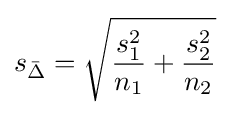
s_{\bar {\Delta }}={\sqrt {{\frac {s_{1}^{2}}{n_{1}}}+{\frac {s_{2}^{2}}{n_{2}}}}}